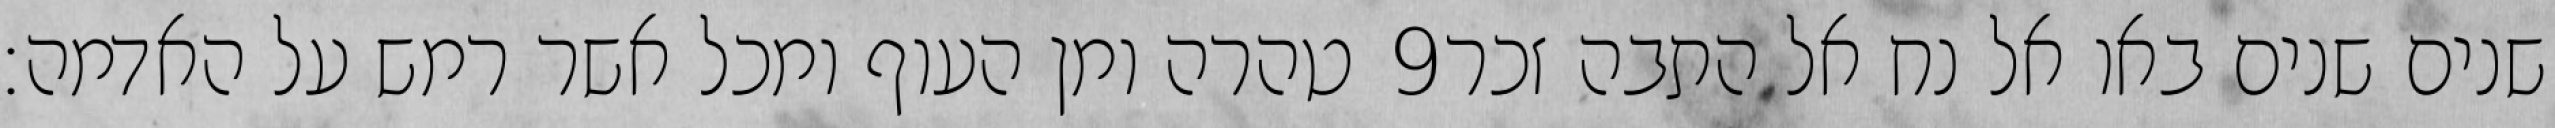
טהרה ומן העוף ומכל אשר רמש על האדמה׃ ‎9‏ שנים שנים באו אל נח אל התבה זכר